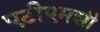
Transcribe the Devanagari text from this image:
एटीएमशी